system: You are a helpful assistant.
user:
Analyze the provided spectrum to determine if it is a **"Cataclysmic Variables (CV)"**.

- **Key Indicators for CV (Check for either state):**
    - **State 1: Quiescent / Low-State (Emission-Dominated)**
        - **(Primary):** Strong and *very broad* Hydrogen Balmer emission lines (e.g., $H\alpha$ at 6563 Å, $H\beta$ at 4861 Å). The 'broadness' (high velocity dispersion, often FWHM > 1000 km/s) is the key diagnostic, indicating a high-velocity accretion disk.
        - **(Secondary):** Broad neutral Helium (He I) emission lines (e.g., 5876 Å, 6678 Å).
        - **(Key Confirmation):** Presence of high-excitation *ionized* Helium (He II) emission at 4686 Å. This is a strong indicator of accretion onto a white dwarf.
        - **(Line Profile):** Emission lines may exhibit a 'double-peaked' profile, which is a classic signature of a rotating accretion disk viewed at high inclination.

    - **State 2: Outburst / High-State (Absorption-Dominated)**
        - **(Primary):** Spectrum is dominated by a bright, blue continuum (looks like a hot star).
        - **(Secondary):** The emission lines from State 1 are weak, absent, or 'filled in', and are replaced by broad, shallow *absorption* lines (primarily Balmer and He I).
        - **(Morphology):** The overall spectrum mimics a hot B/A-type star. The crucial difference is that the absorption lines are significantly broader, shallower, and more 'washed-out' (or 'smeared') than the sharp lines of a normal stellar photosphere, due to high rotational speeds and pressure broadening in the disk.

Think first, call **spectral_visualization_tool** if needed to examine features in detail, then provide your final answer. Your response must adhere to the following strict rules:
1.  **Overall Structure:** Your response must follow the format `<think>...</think> <tool_call>...</tool_call> (if a tool is used) <answer>...</answer>`.
2.  **Tool Usage Constraint:** You may only make **one** tool call per turn.
3.  **Final Answer Format:** In the `<answer>` tag, your conclusion must be inside a `\boxed{}` command (e.g., `\boxed{YES}`), followed by your justification.

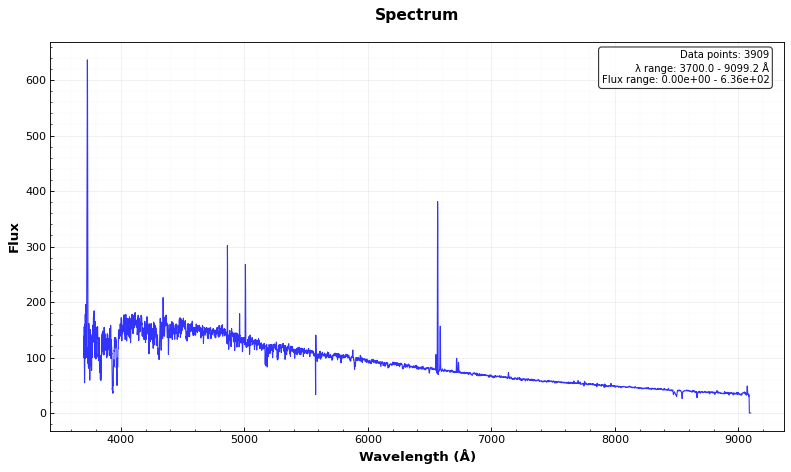
Answer: NO